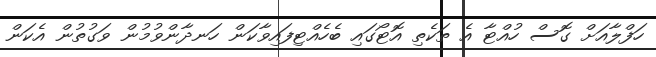
ހަފްލާއަށް ގޮސް ހުއްޓާ އެ ތަކެތި އޮޓޯގައި ބެހެއްޓިފައިވާކަން ހަނދާންވުމުން ވަގުތުން އެކަން